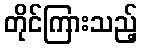
တိုင်ကြားသည့်